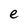
Character: e